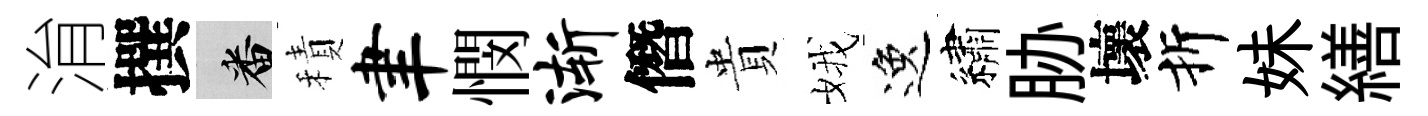
㳙撰番積聿憫渐僭貴娥逸繡胁壞折妹繕